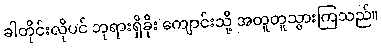
ခါတိုင်းလိုပင် ဘုရားရှိခိုး ကျောင်းသို့ အတူတူသွားကြသည်။